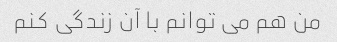
من هم می توانم با آن زندگی کنم